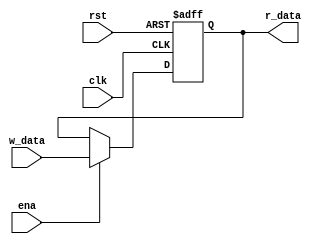
`timescale 1ns / 1ps

module SingleReg(
    input clk,
    input rst,
    input ena,
    input [31:0] w_data,
    output [31:0] r_data
    );

    reg [31:0] r_data_;

    assign r_data = r_data_;

    always @(negedge clk or posedge rst)
    begin
        if(rst)
            r_data_ = 31'h0000_0000;
        else if(ena)
        begin
            r_data_ = w_data;
        end
    end


endmodule